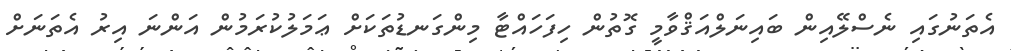
އެތަނުގައި ނެސްލޭއިން ބައިނަލްއަޤްވާމީ ގޮތުން ހިފަހައްޓާ މިންގަނޑުތަކަށް ޢަމަލުކުރަމުން އަންނަ އިރު އެތަނަށް